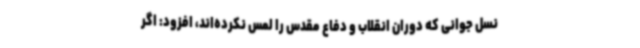
نسل جوانی که دوران انقلاب و دفاع مقدس را لمس نکرده‌اند، افزود: اگر